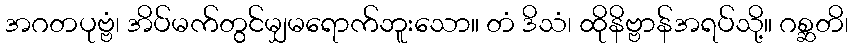
အဂတပုဗ္ဗံ၊ အိပ်မက်တွင်မျှမရောက်ဘူးသော။ တံ ဒိသံ၊ ထိုနိဗ္ဗာန်အရပ်သို့။ ဂစ္ဆတိ၊